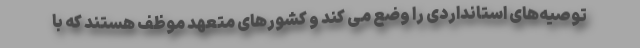
توصیه‌های استانداردی را وضع می کند و کشورهای متعهد موظف هستند که با